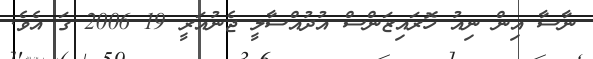
ނާސާ އިން ނިއު ހޮރައިޒަންސް އުދުއްސާލީ ޖެނުއަރީ 19 2006 ގަ އެވެ.